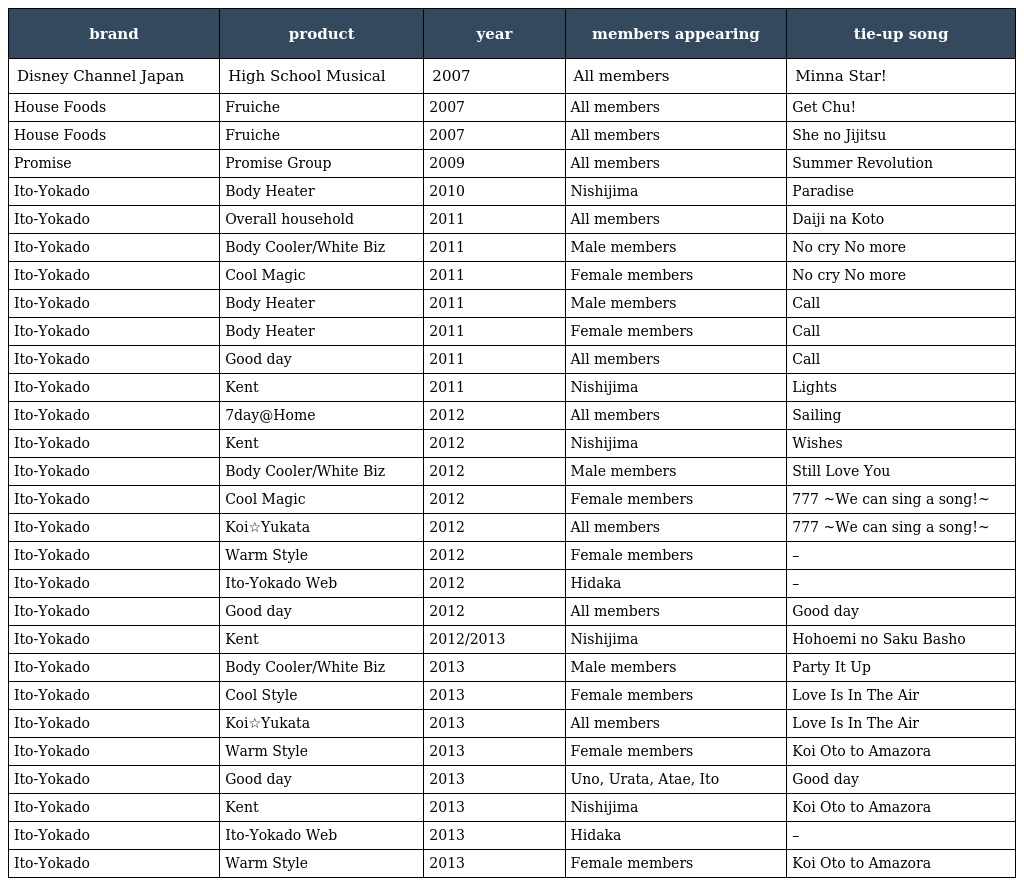
| brand | product | year | members appearing | tie-up song |
 | --- | --- | --- | --- | --- |
 | Disney Channel Japan | High School Musical | 2007 | All members | Minna Star! |
 | House Foods | Fruiche | 2007 | All members | Get Chu! |
 | House Foods | Fruiche | 2007 | All members | She no Jijitsu |
 | Promise | Promise Group | 2009 | All members | Summer Revolution |
 | Ito-Yokado | Body Heater | 2010 | Nishijima | Paradise |
 | Ito-Yokado | Overall household | 2011 | All members | Daiji na Koto |
 | Ito-Yokado | Body Cooler/White Biz | 2011 | Male members | No cry No more |
 | Ito-Yokado | Cool Magic | 2011 | Female members | No cry No more |
 | Ito-Yokado | Body Heater | 2011 | Male members | Call |
 | Ito-Yokado | Body Heater | 2011 | Female members | Call |
 | Ito-Yokado | Good day | 2011 | All members | Call |
 | Ito-Yokado | Kent | 2011 | Nishijima | Lights |
 | Ito-Yokado | 7day@Home | 2012 | All members | Sailing |
 | Ito-Yokado | Kent | 2012 | Nishijima | Wishes |
 | Ito-Yokado | Body Cooler/White Biz | 2012 | Male members | Still Love You |
 | Ito-Yokado | Cool Magic | 2012 | Female members | 777 ~We can sing a song!~ |
 | Ito-Yokado | Koi☆Yukata | 2012 | All members | 777 ~We can sing a song!~ |
 | Ito-Yokado | Warm Style | 2012 | Female members | – |
 | Ito-Yokado | Ito-Yokado Web | 2012 | Hidaka | – |
 | Ito-Yokado | Good day | 2012 | All members | Good day |
 | Ito-Yokado | Kent | 2012/2013 | Nishijima | Hohoemi no Saku Basho |
 | Ito-Yokado | Body Cooler/White Biz | 2013 | Male members | Party It Up |
 | Ito-Yokado | Cool Style | 2013 | Female members | Love Is In The Air |
 | Ito-Yokado | Koi☆Yukata | 2013 | All members | Love Is In The Air |
 | Ito-Yokado | Warm Style | 2013 | Female members | Koi Oto to Amazora |
 | Ito-Yokado | Good day | 2013 | Uno, Urata, Atae, Ito | Good day |
 | Ito-Yokado | Kent | 2013 | Nishijima | Koi Oto to Amazora |
 | Ito-Yokado | Ito-Yokado Web | 2013 | Hidaka | – |
 | Ito-Yokado | Warm Style | 2013 | Female members | Koi Oto to Amazora |